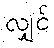
လျှင်